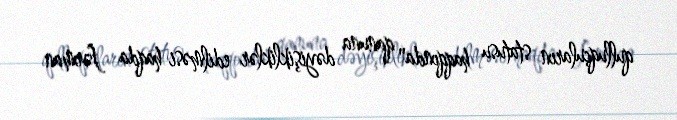
qulluqçuların statusu haqqında" qanuna dəyişikliklər edilməsi haqda fərman